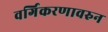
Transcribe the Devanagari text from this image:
वर्गिकरणावरुन